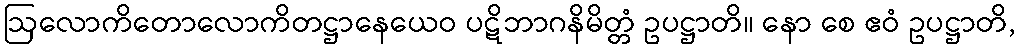
ဩလောကိတောလောကိတဋ္ဌာနေယေဝ ပဋိဘာဂနိမိတ္တံ ဥပဋ္ဌာတိ။ နော စေ ဧဝံ ဥပဋ္ဌာတိ,